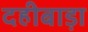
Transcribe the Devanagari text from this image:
दहीबाड़ा